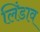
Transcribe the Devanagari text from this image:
लिंडाव